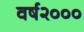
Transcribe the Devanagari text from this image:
वर्ष२०००